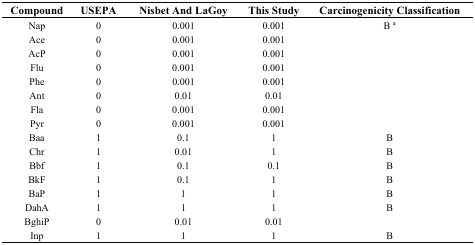
| Compound | USEPA | Nisbet And LaGoy | This Study | Carcinogenicity Classification |
 | --- | --- | --- | --- | --- |
 | Nap | 0 | 0.001 | 0.001 | B a |
 | Ace | 0 | 0.001 | 0.001 |  |
 | AcP | 0 | 0.001 | 0.001 |  |
 | Flu | 0 | 0.001 | 0.001 |  |
 | Phe | 0 | 0.001 | 0.001 |  |
 | Ant | 0 | 0.01 | 0.01 |  |
 | Fla | 0 | 0.001 | 0.001 |  |
 | Pyr | 0 | 0.001 | 0.001 |  |
 | Baa | 1 | 0.1 | 1 | B |
 | Chr | 1 | 0.01 | 1 | B |
 | Bbf | 1 | 0.1 | 0.1 | B |
 | BkF | 1 | 0.1 | 1 | B |
 | BaP | 1 | 1 | 1 | B |
 | DahA | 1 | 1 | 1 | B |
 | BghiP | 0 | 0.01 | 0.01 |  |
 | Inp | 1 | 1 | 1 | B |